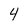
Character: 4